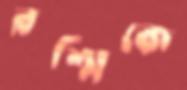
রশ্মিকে